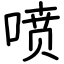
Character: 喷